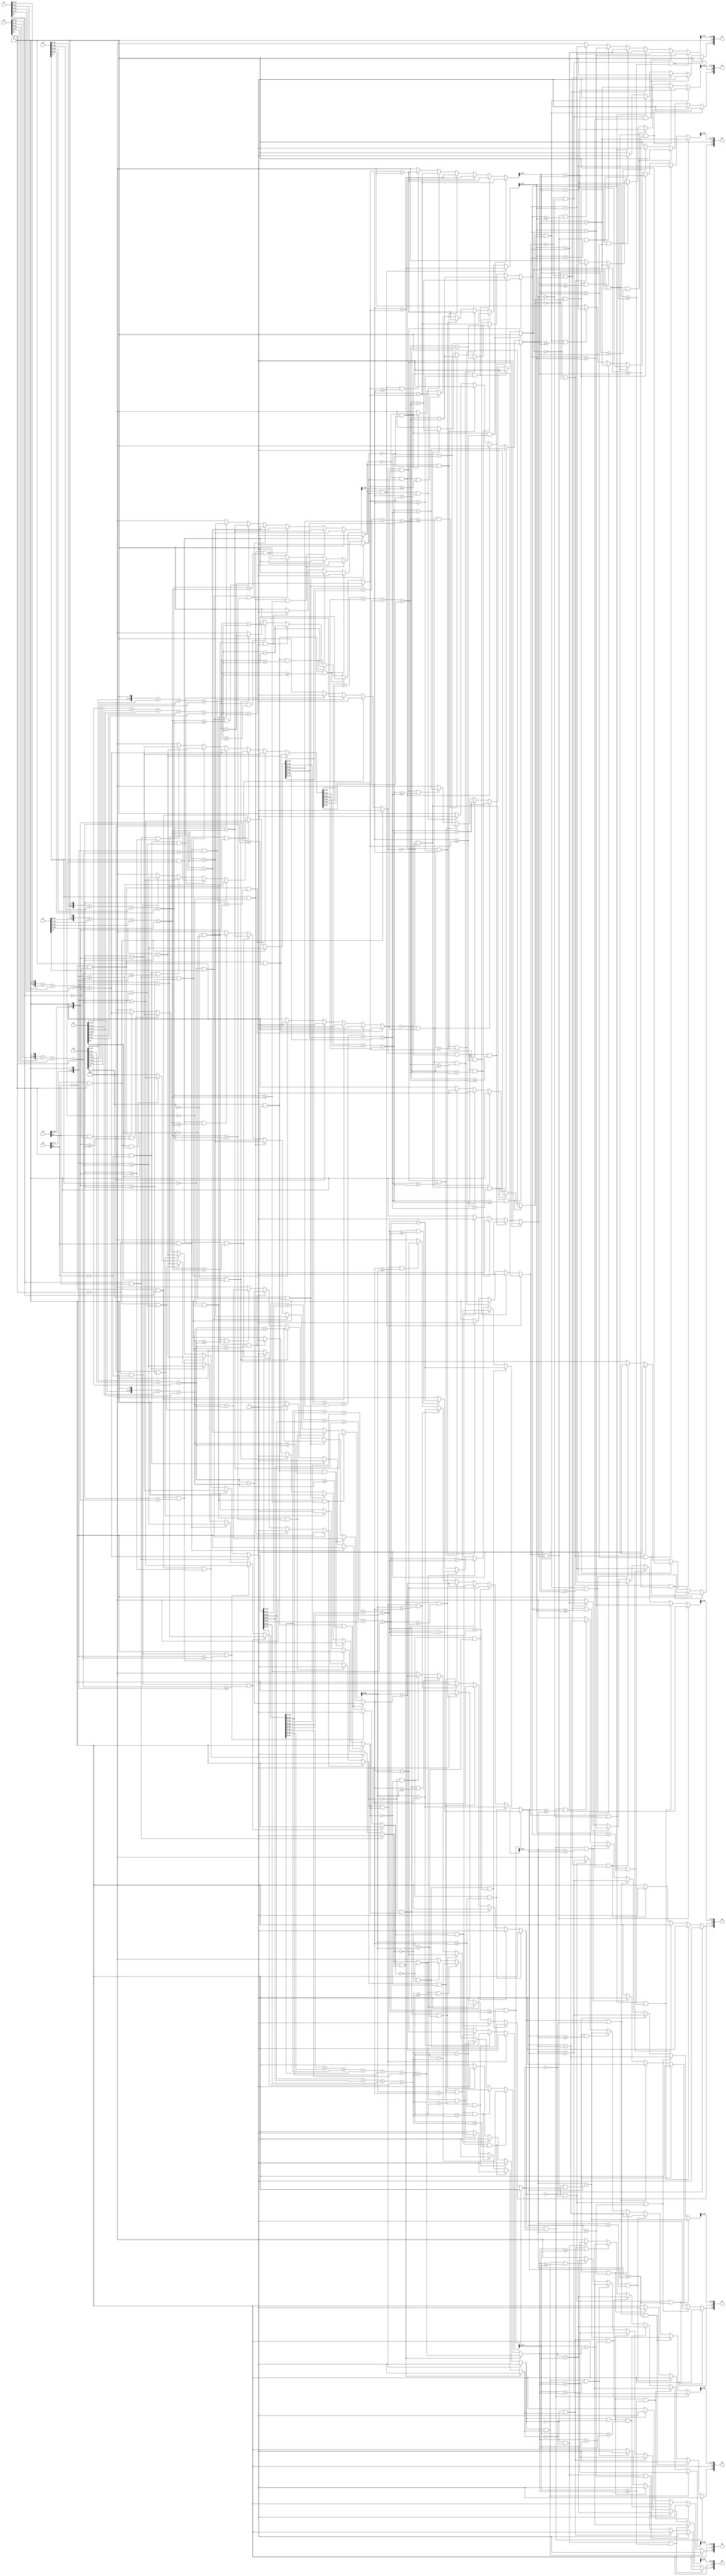
module d1_idct_process_final(x0,
                        x1,
                        x2,
                        x3,
                        x4,
                        x5,
                        x6,
                        x7,
                        y0,
                        y1,
                        y2,
                        y3,
                        y4,
                        y5,
                        y6,
                        y7);
    
    
input   [16:0] x0;  
input   [16:0] x1;  
input   [16:0] x2;  
input   [16:0] x3;  
input   [16:0] x4;  
input   [16:0] x5;  
input   [16:0] x6;  
input   [16:0] x7;  

output [16:0]y0;
output [16:0]y1;
output [16:0]y2;
output [16:0]y3;
output [16:0]y4;
output [16:0]y5;
output [16:0]y6;
output [16:0]y7;
    
    
wire [16:0]s01;
wire [16:0]s11;
wire [16:0]s21;
wire [16:0]s31;
wire [16:0]s41;
wire [16:0]s51;
wire [16:0]s61;
wire [16:0]s71;


wire [16:0]s02;
wire [16:0]s12;
wire [16:0]s22;
wire [16:0]s32;
wire [16:0]s42;
wire [16:0]s52;
wire [16:0]s62;
wire [16:0]s72;

wire [16:0]s03;
wire [16:0]s13;
wire [16:0]s23;
wire [16:0]s33;
wire [16:0]s43;
wire [16:0]s53;
wire [16:0]s63;
wire [16:0]s73;

wire [16:0]s44;
wire [16:0]s74;

wire [16:0]s02t;
wire [16:0]s32t;
wire [16:0]s12t;
wire [16:0]s22t;



wire [16:0]y0;
wire [16:0]y1;
wire [16:0]y2;
wire [16:0]y3;
wire [16:0]y4;
wire [16:0]y5;
wire [16:0]y6;
wire [16:0]y7;

wire [16:0]y0t;
wire [16:0]y1t;
wire [16:0]y2t;
wire [16:0]y3t;
wire [16:0]y4t;
wire [16:0]y5t;
wire [16:0]y6t;
wire [16:0]y7t;


wire [16:0]ix0;
wire [16:0]ix1;
wire [16:0]ix2;
wire [16:0]ix3;
wire [16:0]ix4;
wire [16:0]ix5;
wire [16:0]ix6;
wire [16:0]ix7;

wire [16:0]ts41;
wire [16:0]ts51;
wire [16:0]ts61;
wire [16:0]ts71;

wire [16:0]s01t;
wire [16:0]s11t;

assign ix0={x0[16],m0(x0[15:0])};
assign ix1={x1[16],m0(x1[15:0])};

assign ix2={x2[16],(x2[15:0]<<1)};
assign ix3={x3[16],(x3[15:0]<<1)};

assign ix4={x4[16],m0(x4[15:0])};
assign ix5={x5[16],(x5[15:0]<<1)};

assign ix6={x6[16],(x6[15:0]<<1)};
assign ix7={x7[16],m0(x7[15:0])};


assign s01t=butterfly_process_add(ix0,ix1);
assign s11t=butterfly_process_sub(ix0,ix1);


assign s01={s01t[16],s01t[15:0]>>1};
assign s11={s11t[16],s11t[15:0]>>1};


assign s21=butterfly_process_sub(p1f(ix3),p2f(ix2));
assign s31=butterfly_process_add({ix3[16],ptf(ix3[15:0])},p3f(ix2));


assign ts41=butterfly_process_add(ix6,ix4);
assign ts61=butterfly_process_sub(ix4,ix6);
assign ts51=butterfly_process_add(ix7,ix5);
assign ts71=butterfly_process_sub(ix5,ix7);


assign s51={ts51[16],ts51[15:0]>>1};
assign s71={ts71[16],ts71[15:0]>>1};
assign s41={ts41[16],ts41[15:0]>>1};
assign s61={ts61[16],ts61[15:0]>>1};



assign s02t=butterfly_process_add(s01,s31);
assign s32t=butterfly_process_sub(s01,s31);
assign s12t=butterfly_process_add(s11,s21);
assign s22t=butterfly_process_sub(s11,s21);


assign s02={s02t[16],s02t[15:0]>>1};
assign s32={s32t[16],s32t[15:0]>>1};
assign s12={s12t[16],s12t[15:0]>>1};
assign s22={s22t[16],s22t[15:0]>>1};





assign s42=butterfly_process_sub({s41[16],p4(s41[15:0])},{s71[16],p5(s71[15:0])});
assign s72=butterfly_process_add({s41[16],p9(s41[15:0])},{s71[16],p10(s71[15:0])});


assign s52=butterfly_process_sub({s51[16],p11(s51[15:0])},{s61[16],p12(s61[15:0])});
assign s62=butterfly_process_add({s61[16],p13(s61[15:0])},{s51[16],p14(s51[15:0])});



assign y0t=butterfly_process_add(s02,s72);
assign y7t=butterfly_process_sub(s02,s72);

assign y1t=butterfly_process_add(s12,s62);
assign y6t=butterfly_process_sub(s12,s62);

assign y2t=butterfly_process_add(s22,s52);
assign y5t=butterfly_process_sub(s22,s52);


assign y3t=butterfly_process_add(s32,s42);
assign y4t=butterfly_process_sub(s32,s42);



assign y0={y0t[16],y0t[15:0]>>1};
assign y7={y7t[16],y7t[15:0]>>1};

assign y1={y1t[16],y1t[15:0]>>1};
assign y6={y6t[16],y6t[15:0]>>1};

assign y2={y2t[16],y2t[15:0]>>1};
assign y5={y5t[16],y5t[15:0]>>1};

assign y3={y3t[16],y3t[15:0]>>1};
assign y4={y4t[16],y4t[15:0]>>1};



function [16:0]butterfly_process_add;
    
        
input [16:0]a;
input [16:0]b;

reg signa;
reg signb;

reg [15:0]vala;
reg [15:0]valb;

reg outsign;

reg [15:0]outval;


begin
    


signa=a[16];    
signb=b[16];

vala=a[15:0];
valb=b[15:0];




outsign=(signa & signb)?1'b1:
               ((signa & ~signb) & (vala>=valb))?1'b1:
               ((signa & ~signb) & (vala<valb))?1'b0:
               ((~signa & signb) & (valb>vala))?1'b1:
               ((~signa & signb) & (valb<=vala))?1'b0:
               (~signa & ~signb)?1'b0:1'b0;
               
outval=(signa & signb)?vala+valb:
               ((signa & ~signb) & (vala>=valb))?vala-valb:
               ((signa & ~signb) & (vala<valb))?valb-vala:
               ((~signa & signb) & (valb>vala))?valb-vala:
               ((~signa & signb) & (valb<=vala))?vala-valb:
               (~signa & ~signb)?vala+valb:16'd0;

butterfly_process_add={outsign,outval};
            
end

                              
endfunction



function [16:0]butterfly_process_sub;
    
        
input [16:0]a;
input [16:0]b;
reg signa;
reg signb;
reg [15:0]vala;
reg [15:0]valb;
reg outsign;
reg [15:0]outval;


begin
    


signa=a[16];    
signb=b[16];
vala=a[15:0];
valb=b[15:0];


outval=((~signa & ~signb)& (vala>=valb))?vala-valb:
        ((~signa & ~signb)& (valb>vala))?valb-vala:
         ((~signa & signb))?vala+valb:
         ((signa & ~signb))?vala+valb:
         ((signa & signb)& (vala>valb))?vala-valb:
         ((signa & signb)& (valb>=vala))?valb-vala:16'd0;
        
outsign=((~signa & ~signb)& (vala>=valb))?1'b0:
        ((~signa & ~signb)& (valb>vala))?1'b1:
         ((~signa & signb))?1'b0:
         ((signa & ~signb))?1'b1:
         ((signa & signb)& (vala>valb))?1'b1:
         ((signa & signb)& (valb>=vala))?1'b0:16'd0;
        
                 
         
         
butterfly_process_sub={outsign,outval};
            
end

                              
endfunction


      
 
      
 
  
 function [15:0]m0;
    
 input [15:0]data;
  
 m0=(data<<1)+(data>>1)+(data>>2)+(data>>5);
 
 endfunction 
   
   
   
       
      
 
 
 
 function [16:0]p1f;
    
 input [16:0]data;
  
  p1f={~data[16],(data[15:0]>>1)+(data[15:0]>>6)+(data[15:0]>>7)};
 
 
 endfunction 
 
 function [16:0]p2f;
   
 input [16:0]data;
  
  p2f={~data[16],(data[15:0])+(data[15:0]>>3)+(data[15:0]>>4)};
 
 
 endfunction 
 
 function [16:0]p3f;
   
 input [16:0]data;
  
  p3f={~data[16],(data[15:0]>>2)+(data[15:0]>>3)+(data[15:0]>>4)+(data[15:0]>>6)+(data[15:0]>>7)};
 
 
 endfunction 
 
 
 function [15:0]ptf;
   
 input [15:0]data;
  
  ptf={(data[15:0])+(data[15:0]>>2)+(data[15:0]>>5)+(data[15:0]>>8)};
 
 
 endfunction 
 
 
 function [15:0]p4;
   
 input [15:0]data;
  
 p4={(data[15:0]>>1)+(data[15:0]>>2)+(data[15:0]>>5)+(data[15:0]>>6)+(data[15:0]>>8)};
  
 endfunction 


function [15:0]p5;
   
 input [15:0]data;
  
  p5={(data[15:0]>>1)+(data[15:0]>>4)+(data[15:0]>>5)};
 
 
 endfunction 
 
 
 function [15:0]p9;
   
 input [15:0]data;
  
  p9={(data[15:0]>>1)+(data[15:0]>>4)+(data[15:0]>>5)+(data[15:0]>>6)};
 
 
 endfunction 
 
 
 function [15:0]p10;
   
 input [15:0]data;
  
 p10={(data[15:0]>>1)+(data[15:0]>>2)+(data[15:0]>>5)+(data[15:0]>>6)+(data[15:0]>>8)};
  
 endfunction 
 
function [15:0]p11;
   
 input [15:0]data;
  
 p11={(data[15:0]>>1)+(data[15:0]>>2)+(data[15:0]>>3)+(data[15:0]>>4)+(data[15:0]>>5)+(data[15:0]>>7)};
  
 endfunction 
                

function [15:0]p12;
   
 input [15:0]data;
  
 p12={(data[15:0]>>3)+(data[15:0]>>5)+(data[15:0]>>6)+(data[15:0]>>7)+(data[15:0]>>8)};
  
 endfunction 
 

function [15:0]p14;
   
 input [15:0]data;
  
 p14={(data[15:0]>>3)+(data[15:0]>>4)+(data[15:0]>>7)+(data[15:0]>>8)};
  
 endfunction 
                 

function [15:0]p13;
   
 input [15:0]data;
  
 p13={(data[15:0]>>1)+(data[15:0]>>2)+(data[15:0]>>3)+(data[15:0]>>4)+(data[15:0]>>5)+(data[15:0]>>7)};
  
 endfunction 
                
endmodule